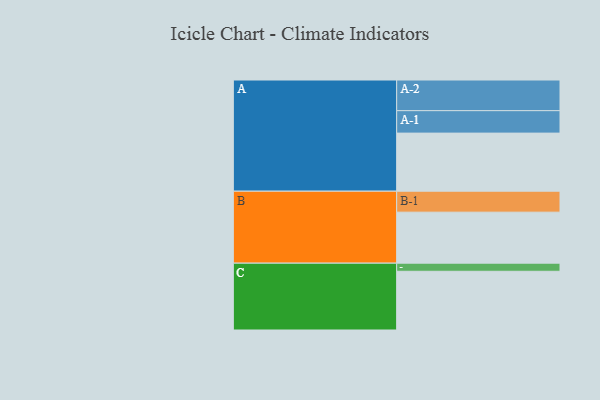
{"axis": {"x": "Segment", "y": "Value"}, "legend": ["", "A", "B", "C"], "data": [{"x": "A", "y": 551, "type": ""}, {"x": "B", "y": 484, "type": ""}, {"x": "C", "y": 557, "type": ""}, {"x": "A-1", "y": 213, "type": "A"}, {"x": "A-2", "y": 291, "type": "A"}, {"x": "B-1", "y": 199, "type": "B"}, {"x": "C-1", "y": 77, "type": "C"}]}